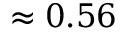
\approx 0 . 5 6